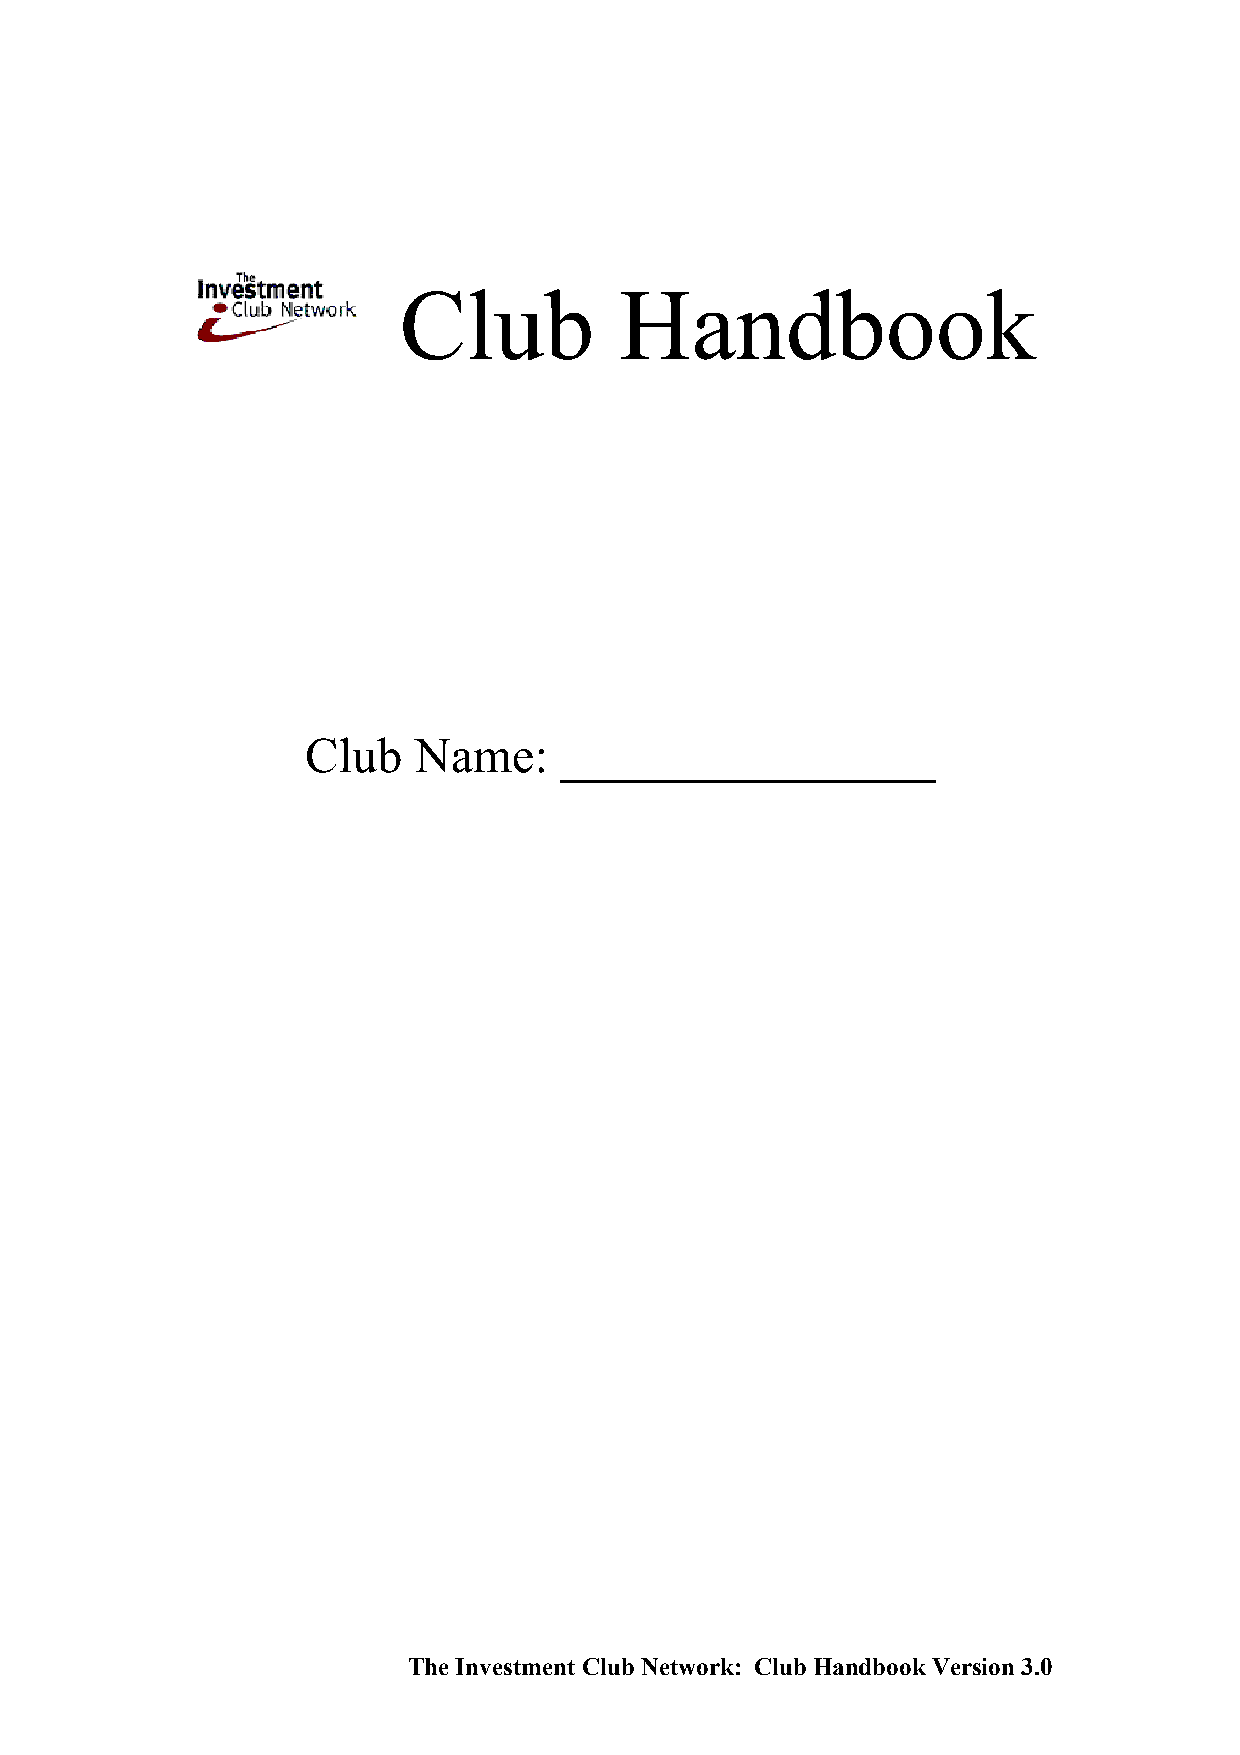
Club           Handbook
 Club   Name:     _______________
 The Investment Club Network: Club Handbook Version 3.0